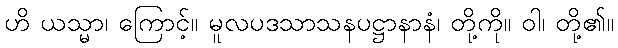
ဟိ ယသ္မာ၊ ကြောင့်။ မူလပဒသာသနပဋ္ဌာနာနံ၊ တို့ကို။ ဝါ၊ တို့၏။